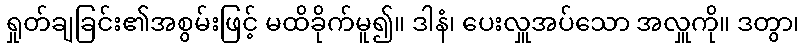
ရှုတ်ချခြင်း၏အစွမ်းဖြင့် မထိခိုက်မူ၍။ ဒါနံ၊ ပေးလှူအပ်သော အလှူကို။ ဒတွာ၊